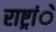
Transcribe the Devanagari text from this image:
राष्ट्रांे